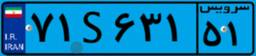
۸۸S۲۴۴۳۹